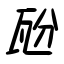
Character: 瓰